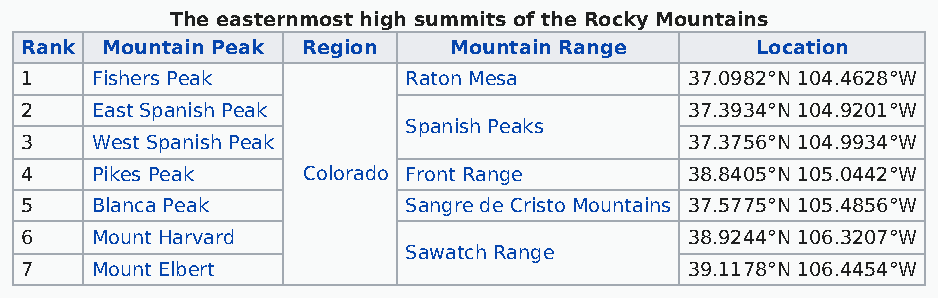
The easternmost high summits of the Rocky Mountains
 Rank  Mountain Peak Region   Mountain Range      Location
 1    Fishers Peak         Raton Mesa        37.0982°N 104.4628°W
 2    East Spanish Peak                      37.3934°N 104.9201°W
 Spanish Peaks
 3    West Spanish Peak                      37.3756°N 104.9934°W
 4    Pikes Peak    Colorado Front Range     38.8405°N 105.0442°W
 5    Blanca Peak          Sangre de Cristo Mountains 37.5775°N 105.4856°W
 6    Mount Harvard                          38.9244°N 106.3207°W
 Sawatch Range
 7    Mount Elbert                           39.1178°N 106.4454°W